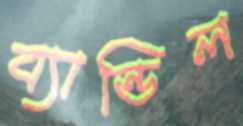
ব্যান্ডিল